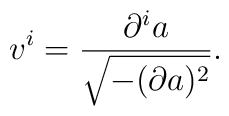
v^{i} = \frac{\partial^{i} a}{\sqrt{-(\partial a)^{2}}} .